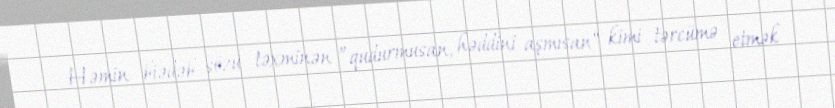
Həmin biədəb sözü təxminən ”qudurmusan, həddini aşmısan" kimi tərcümə etmək